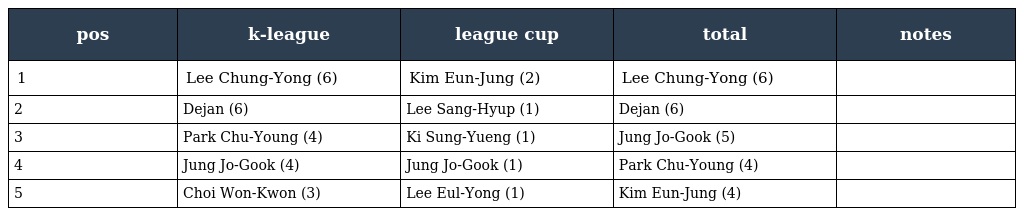
| pos | k-league | league cup | total | notes |
 | --- | --- | --- | --- | --- |
 | 1 | Lee Chung-Yong (6) | Kim Eun-Jung (2) | Lee Chung-Yong (6) |  |
 | 2 | Dejan (6) | Lee Sang-Hyup (1) | Dejan (6) |  |
 | 3 | Park Chu-Young (4) | Ki Sung-Yueng (1) | Jung Jo-Gook (5) |  |
 | 4 | Jung Jo-Gook (4) | Jung Jo-Gook (1) | Park Chu-Young (4) |  |
 | 5 | Choi Won-Kwon (3) | Lee Eul-Yong (1) | Kim Eun-Jung (4) |  |